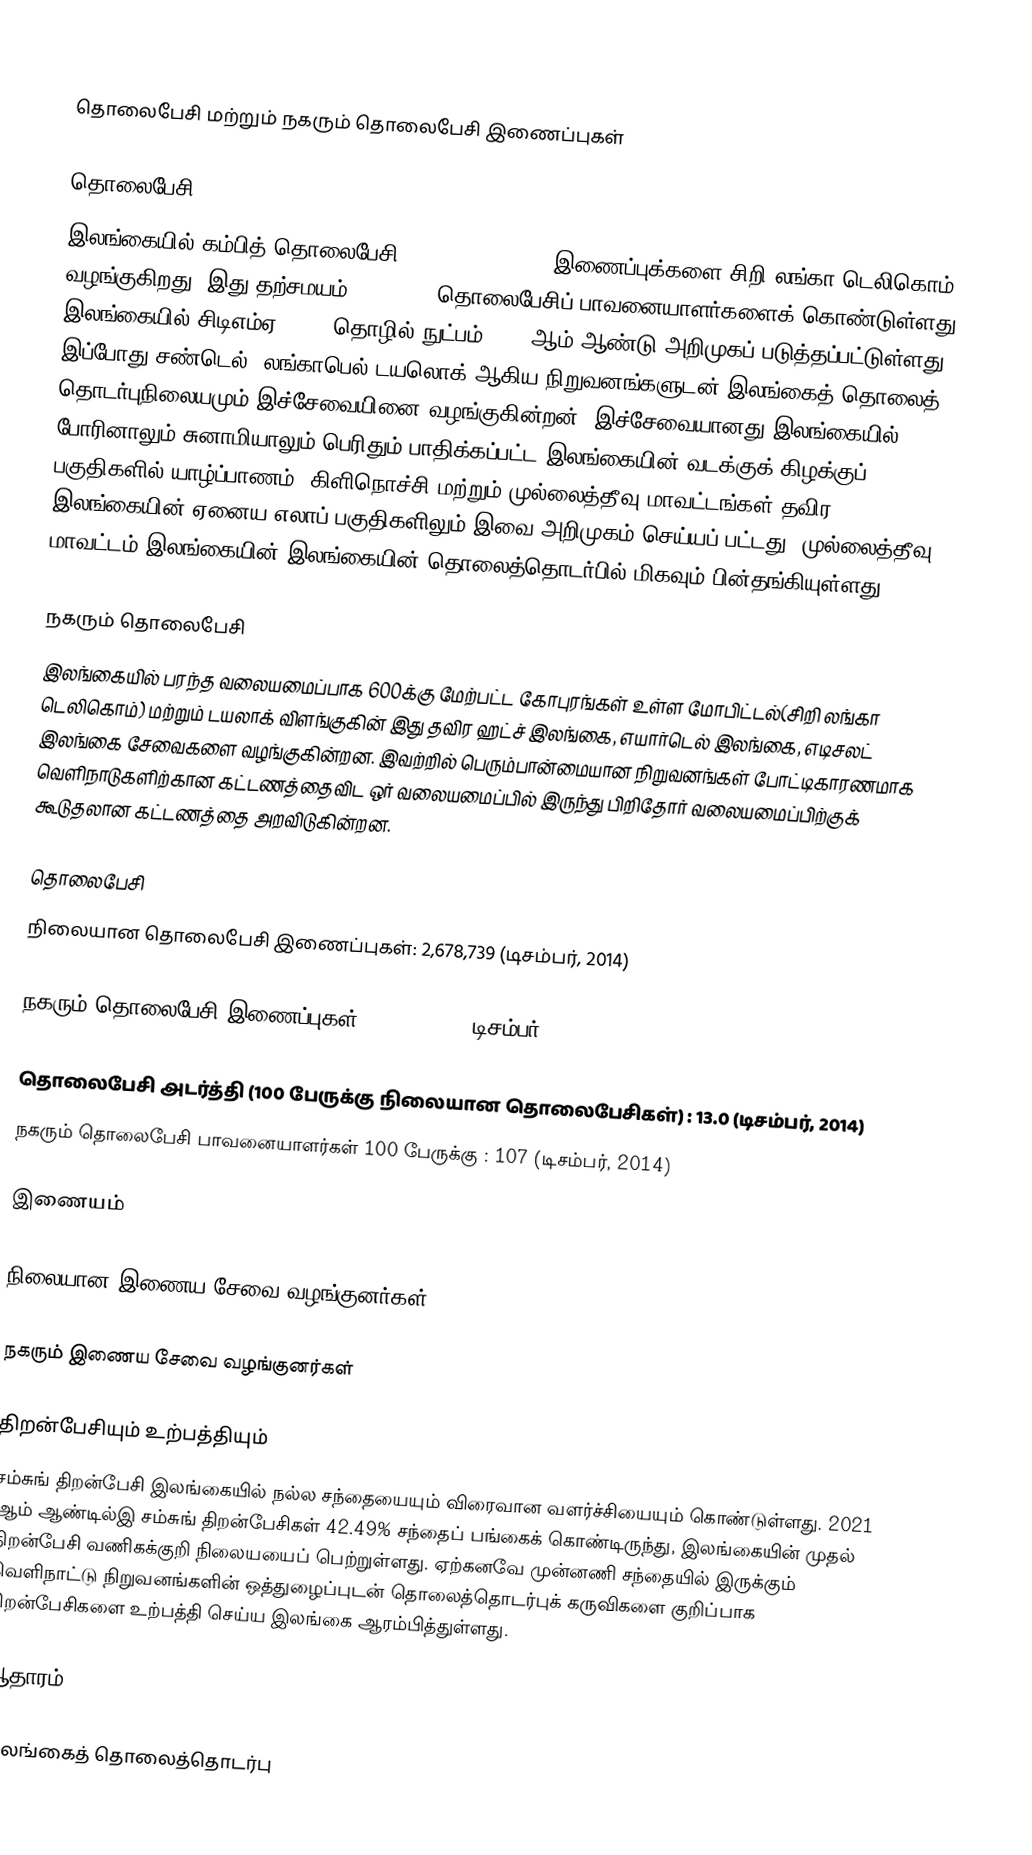

தொலைபேசி மற்றும் நகரும் தொலைபேசி இணைப்புகள்

தொலைபேசி
இலங்கையில் கம்பித் தொலைபேசி (Wired Telephone) இணைப்புக்களை சிறி லங்கா டெலிகொம் வழங்குகிறது. இது தற்சமயம்  2,678,739 தொலைபேசிப் பாவனையாளர்களைக் கொண்டுள்ளது. இலங்கையில் சிடிஎம்ஏ(CDMA) தொழில் நுட்பம் 2005 ஆம் ஆண்டு அறிமுகப் படுத்தப்பட்டுள்ளது. இப்போது சண்டெல், லங்காபெல்,டயலொக் ஆகிய நிறுவனங்களுடன் இலங்கைத் தொலைத் தொடர்புநிலையமும் இச்சேவையினை வழங்குகின்றன். இச்சேவையானது இலங்கையில் போரினாலும் சுனாமியாலும் பெரிதும் பாதிக்கப்பட்ட இலங்கையின் வடக்குக் கிழக்குப் பகுதிகளில் யாழ்ப்பாணம், கிளிநொச்சி மற்றும் முல்லைத்தீவு மாவட்டங்கள் தவிர இலங்கையின் ஏனைய எலாப் பகுதிகளிலும் இவை அறிமுகம் செய்யப் பட்டது. முல்லைத்தீவு மாவட்டம் இலங்கையின் இலங்கையின் தொலைத்தொடர்பில் மிகவும் பின்தங்கியுள்ளது.

நகரும் தொலைபேசி
இலங்கையில் பரந்த வலையமைப்பாக 600க்கு மேற்பட்ட கோபுரங்கள் உள்ள மோபிட்டல்(சிறி லங்கா டெலிகொம்) மற்றும் டயலாக் விளங்குகின் இது தவிர ஹட்ச் இலங்கை, எயார்டெல் இலங்கை, எடிசலட் இலங்கை சேவைகளை வழங்குகின்றன. இவற்றில் பெரும்பான்மையான நிறுவனங்கள் போட்டிகாரணமாக வெளிநாடுகளிற்கான கட்டணத்தைவிட ஒர் வலையமைப்பில் இருந்து பிறிதோர் வலையமைப்பிற்குக் கூடுதலான கட்டணத்தை அறவிடுகின்றன.

தொலைபேசி
நிலையான தொலைபேசி இணைப்புகள்: 2,678,739 (டிசம்பர், 2014)

நகரும் தொலைபேசி இணைப்புகள்: 22,123,000  (டிசம்பர் 2014)

 தொலைபேசி அடர்த்தி (100 பேருக்கு நிலையான தொலைபேசிகள்) : 13.0 (டிசம்பர், 2014)
 நகரும் தொலைபேசி பாவனையாளர்கள் 100 பேருக்கு : 107 (டிசம்பர், 2014)

இணையம்

நிலையான இணைய சேவை வழங்குனர்கள்

நகரும் இணைய சேவை வழங்குனர்கள்

திறன்பேசியும் உற்பத்தியும்
சம்சுங் திறன்பேசி இலங்கையில் நல்ல சந்தையையும் விரைவான வளர்ச்சியையும் கொண்டுள்ளது. 2021 ஆம் ஆண்டில்இ சம்சுங் திறன்பேசிகள் 42.49% சந்தைப் பங்கைக் கொண்டிருந்து, இலங்கையின் முதல் திறன்பேசி வணிகக்குறி நிலையயைப் பெற்றுள்ளது. ஏற்கனவே முன்னணி சந்தையில் இருக்கும் வெளிநாட்டு நிறுவனங்களின் ஒத்துழைப்புடன் தொலைத்தொடர்புக் கருவிகளை குறிப்பாக திறன்பேசிகளை உற்பத்தி செய்ய இலங்கை ஆரம்பித்துள்ளது.

ஆதாரம்

இலங்கைத் தொலைத்தொடர்பு